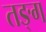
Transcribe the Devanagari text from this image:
तङ्ग